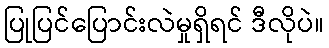
ပြုပြင်ပြောင်းလဲမှုရှိရင် ဒီလိုပဲ။